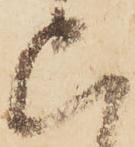
上